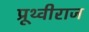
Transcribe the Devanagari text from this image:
प्रूथ्‍वीराज